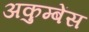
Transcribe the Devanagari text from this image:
अकुम्बेंस